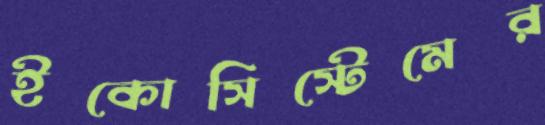
ইকোসিস্টেমের